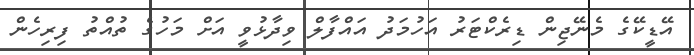
އޭޑީކޭގެ މެނޭޖިން ޑިރެކްޓަރު އަހުމަދު އައްފާލް ވިދާޅުވީ އަށް މަހުގެ ތުއްތު ފިރިހެން